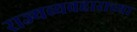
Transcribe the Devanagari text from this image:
राज्यव्यवहाराच्या